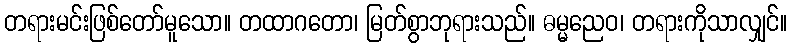
တရားမင်းဖြစ်တော်မူသော။ တထာဂတော၊ မြတ်စွာဘုရားသည်။ ဓမ္မညေဝ၊ တရားကိုသာလျှင်။